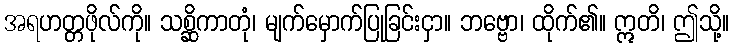
အရဟတ္တဖိုလ်ကို။ သစ္ဆိကာတုံ၊ မျက်မှောက်ပြုခြင်းငှာ။ ဘဗ္ဗော၊ ထိုက်၏။ ဣတိ၊ ဤသို့။